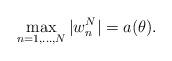
LaTeX: \begin{align*}\max _{n = 1, \ldots, N} |w^N_n| = a(\theta) . \end{align*}